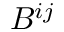
B ^ { i j }